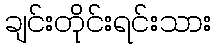
ချင်းတိုင်းရင်းသား